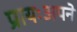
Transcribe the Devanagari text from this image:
प्रायःअपने